Report of the Municipal Commissioner on the plague in Bombay for the year ending 31st May... - Volume 2
Disease focus: Plague
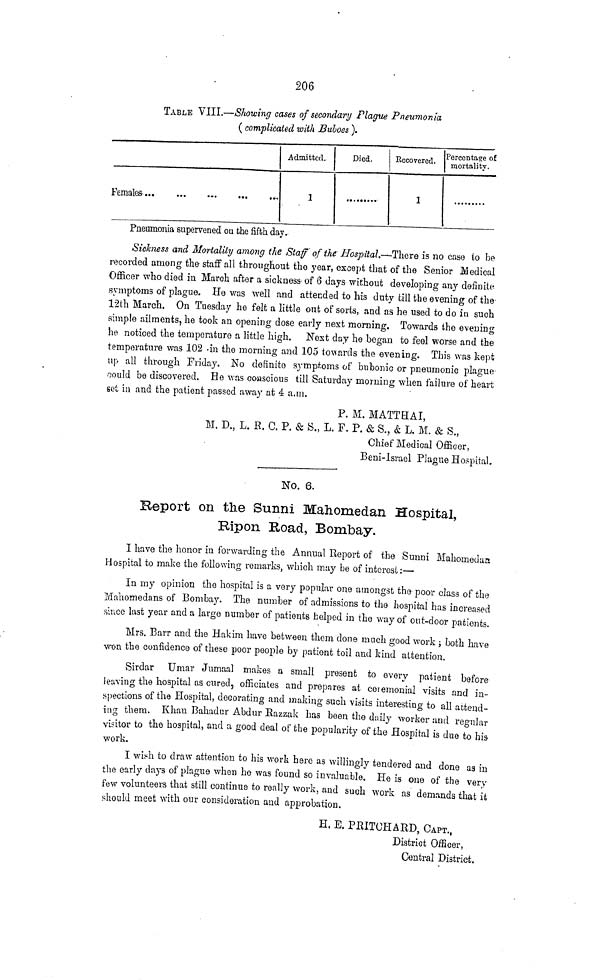
206
TABLE VIII.—Showing cases of secondary Plague Pneumonia
( complicated with Buboes ).
Females-
...
Admitted.
1
Died.
Recovered.
1
Percentage of
mortality.
Pneumonia supervened ou the fifth day.
Sickness and Mortality among the Staff of the Hospital.-*-There is no case io be
recorded among the staff all throughout the year, except that of the Senior Medical
Officer who died in March after a sickness of (5 days without developing any definite
symptoms of plague. He was well and attended to his dnty till the evening of the
12th March. On Tuesday he felt a little out of sorts, and as he used to do in such
simple ailments, he took an opening dose early next morning. Towards the evening
he noticed the temperature a little high. Next day he began to feel worse and the
temperature was 102 -in the morning and 105 towards the evening. This was kept
up all through Friday. No definite symptoms of bubonic or pneumonic plague
oould be discovered. He was coiascious till Saturday morning when failure of heart
set in and the patient passed away at 4 a.m.
P. M. MATTHAI,
M. D., L. E. C. P. & S., L. F. P. & S., & L. M. & S.,
Chief Medical Officer,
Bern-Israel Plague Hospital.
No. 6.
Report on tlie Sunni Mahomedan Hospital,
Ripon Road, Bombay.
I have the honor in forwarding the Annual Report of the Sunni Mahornedaa
Hospital to make the following remarks, which may be of interest:—
In my opinion the hospital is a very popular one amongst the poor class of the
Mahomedans of Bombay. The number of admissions to the hospital has increased
since last year and a large number of patients helped in the way of out-door patients.
Mrs. Barr and the Hakim have between them done much good work ; both have
won the confidence of these poor people by patient toil and kind attention.
Sirdar Umar Jumaal makes a small present to every patient before
leaving the hospital as cured, officiates and prepares at ceiemonial visits and in-
spections of the Hospital, decorating and making such visits interesting to all attend-
ing them. Khan Bahadur Abdur Razzak has been the daily worker and regular
visitor to the hospital, and a good deal of the popularity of the Hospital is due to his-
work.
I wish to draw attention to his work here as willingly tendered and done as in
the early days of plague when he was found so invaluable. He is one of the very
few volunteers that still continue to really work, and such work as demands that it
should meet with our consideration and approbation.
H. E. PBITCHABD, CAPT.,
District Officer,
Central District.